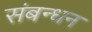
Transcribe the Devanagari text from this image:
संबन्धन